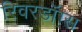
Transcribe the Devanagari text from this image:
रिवरडॉग्स